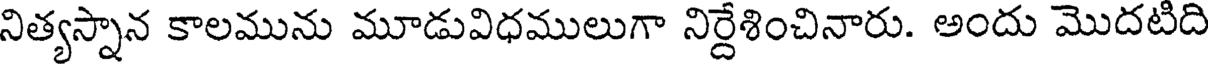
నిత్యస్నాన కాలమును మూడువిధములుగా నిర్దేశించినారు. అందు మొదటిది